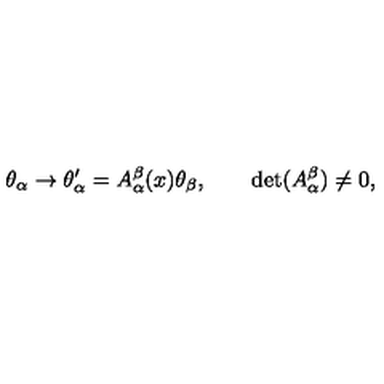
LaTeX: \theta _ { \alpha } \rightarrow \theta _ { \alpha } ^ { \prime } = A _ { \alpha } ^ { \beta } ( x ) \theta _ { \beta } , \qquad \det ( A _ { \alpha } ^ { \beta } ) \neq 0 ,